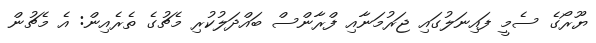
ޔޫރޯގެ ސެމީ ފައިނަލުގައި ޖަރުމަނާއި ފްރާންސް ބައްދަލުކުރި މެޗުގެ ތެރެއިން: އެ މެޗުން